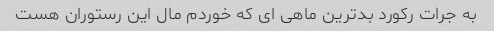
به جرات رکورد بدترین ماهی ای که خوردم مال این رستوران هست